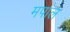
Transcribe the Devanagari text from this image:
मपाल